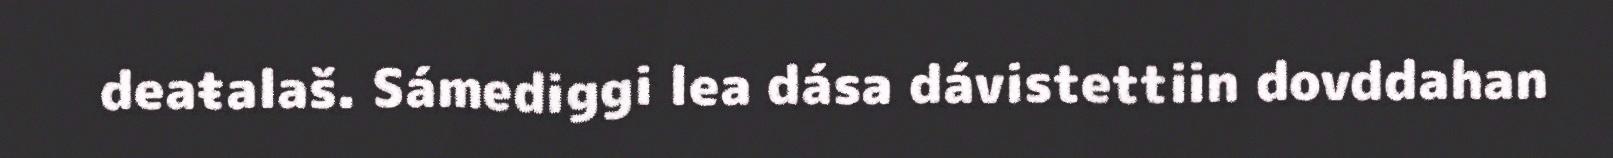
deaŧalaš. Sámediggi lea dása dávistettiin dovddahan